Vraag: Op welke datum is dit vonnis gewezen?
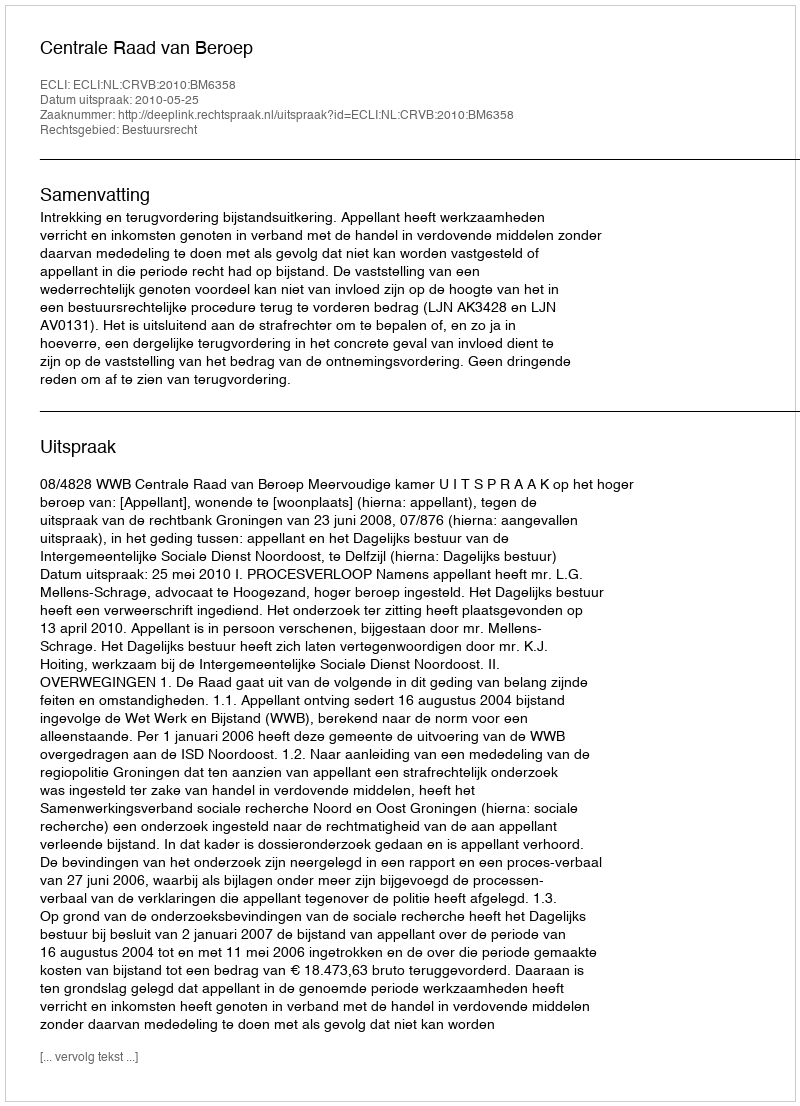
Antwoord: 2010-05-25